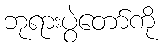
ဘုရားပွဲတော်ကို